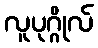
လူပုဂ္ဂိုလ်